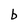
Character: b